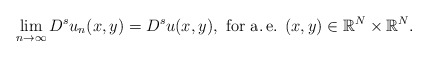
\begin{align*}\lim_{n\to\infty}D^s u_n(x,y)=D^s u(x,y),\mbox{ for a.\,e. } (x,y)\in\mathbb{R}^N\times\mathbb{R}^N.\end{align*}